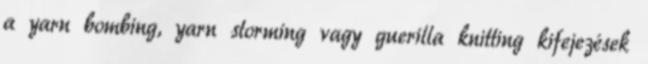
a yarn bombing, yarn storming vagy guerilla knitting kifejezések